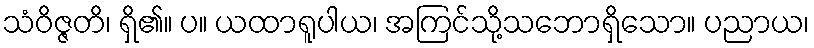
သံဝိဇ္ဇတိ၊ ရှိ၏။ ပ။ ယထာရူပါယ၊ အကြင်သို့သဘောရှိသော။ ပညာယ၊